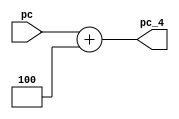
`timescale 1ns / 1ps
//////////////////////////////////////////////////////////////////////////////////
// Company: 
// Engineer: 
// 
// Design Name: 
// Module Name:    PC_4 
// Project Name: 
// Target Devices: 
// Tool versions: 
// Description: 
//
// Dependencies: 
//
// Revision: 
// Revision 0.01 - File Created
// Additional Comments: 
//
//////////////////////////////////////////////////////////////////////////////////
module PC_4(pc,pc_4
    );
	input [31:0] pc;
	output [31:0] pc_4;
	assign pc_4=pc+4;

endmodule